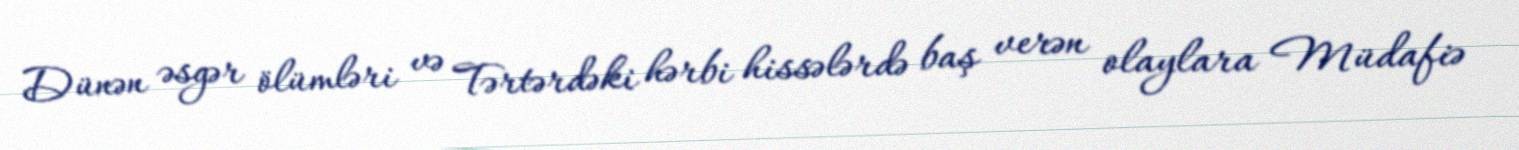
Dünən əsgər ölümləri və Tərtərdəki hərbi hissələrdə baş verən olaylara Müdafiə